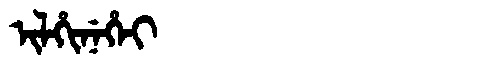
Manchu: ᡳᠯᡥᡳᠨᡝᡥᡝᡳ
Romanization: ILHINEHEI